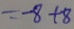
= - 8 + 8